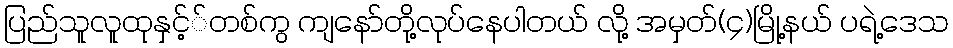
ပြည်သူလူထုနှင့််တစ်ကွ ကျနော်တို့လုပ်နေပါတယ် လို့ အမှတ်(၄)မြို့နယ် ပရဲ့ဒေသ